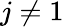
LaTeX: j\neq 1